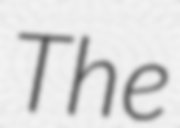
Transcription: The